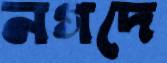
নগদে